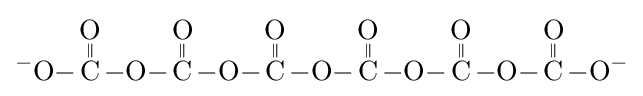
{\ce {^{-}O-{\overset {\displaystyle O \atop \|}{C}}-O-{\overset {\displaystyle O \atop \|}{C}}-O-{\overset {\displaystyle O \atop \|}{C}}-O-{\overset {\displaystyle O \atop \|}{C}}-O-{\overset {\displaystyle O \atop \|}{C}}-O-{\overset {\displaystyle O \atop \|}{C}}-O^{-}}}